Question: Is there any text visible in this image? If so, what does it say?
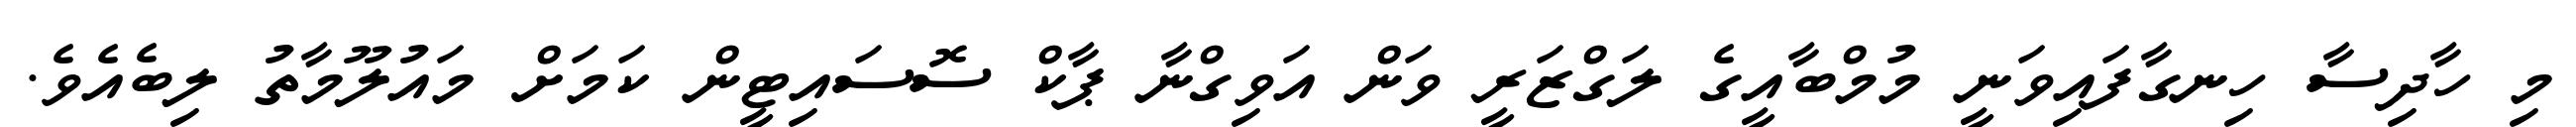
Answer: މި ހާދިސާ ހިނގާފައިވަނީ މުމްބާއީގެ ލަގްޒަރީ ވަން އަވިގްނާ ޕާކް ސޮސައިޓީން ކަމަށް މައުލޫމާތު ލިބެއެވެ.